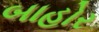
બાહોર